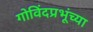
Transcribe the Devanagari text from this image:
गोविंदप्रभूंच्या